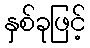
နှစ်ခုဖြင့်